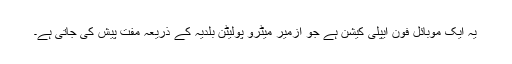
یہ ایک موبائل فون ایپلی کیشن ہے جو ازمیر میٹرو پولیٹن بلدیہ کے ذریعہ مفت پیش کی جاتی ہے۔